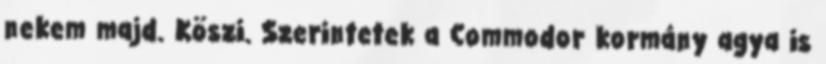
nekem majd. Köszi. Szerintetek a Commodor kormány agya is